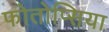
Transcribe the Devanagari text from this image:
फोतोप्सिया